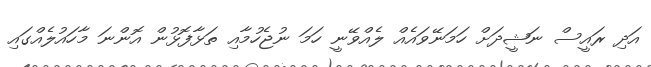
އަދި ރައީސް ނަޝީދަށް ހަމަނޭވައެއް ލެއްވޭނީ ހަމަ ނުޖެހުމާއި ތަޅާފޮޅުން އޮންނަ މާހައުލެއްގައި